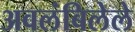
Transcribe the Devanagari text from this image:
अवलंबिलेले